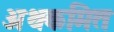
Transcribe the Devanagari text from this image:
अथकमित